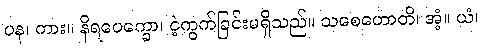
ပန၊ ကား။ နိရပေက္ခော၊ ငဲ့ကွက်ခြင်းမရှိသည်။ သစေဟောတိ၊ အံ့။ ယံ၊